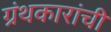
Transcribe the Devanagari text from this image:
ग्रंथकारांची